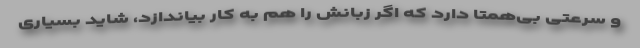
و سرعتی بی‌همتا دارد که اگر زبانش را هم به کار بیاندازد، شاید بسیاری